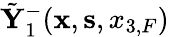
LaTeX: \tilde{\mathbf Y}_{1}^{-}({{\mathbf x}},{{\mathbf s}},{x_{3,F}})